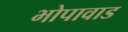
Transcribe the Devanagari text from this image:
भोपावाड